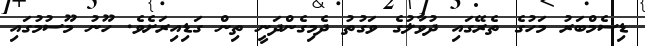
ޑިސެމްބަރު މަހުގެ ތެރޭގައި ދުވާލުގެ ވަގުތު ދެމިގެންދަނީ ތިން ގަޑިއިރަށެވެ. ހޫނު މޫސުމުގައި